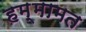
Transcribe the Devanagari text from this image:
हम्मामत